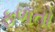
ફળતો